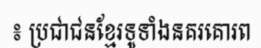
៖ ប្រជាជនខ្មែរទូទាំងនគរគោរព